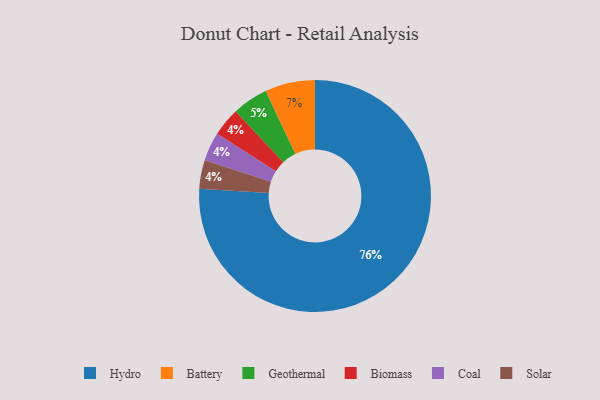
{"axis": {"x": "Category", "y": "Percentage"}, "legend": ["Battery", "Biomass", "Coal", "Geothermal", "Hydro", "Solar"], "data": [{"x": "Biomass", "y": 4, "type": "Biomass"}, {"x": "Hydro", "y": 76, "type": "Hydro"}, {"x": "Coal", "y": 4, "type": "Coal"}, {"x": "Solar", "y": 4, "type": "Solar"}, {"x": "Battery", "y": 7, "type": "Battery"}, {"x": "Geothermal", "y": 5, "type": "Geothermal"}]}